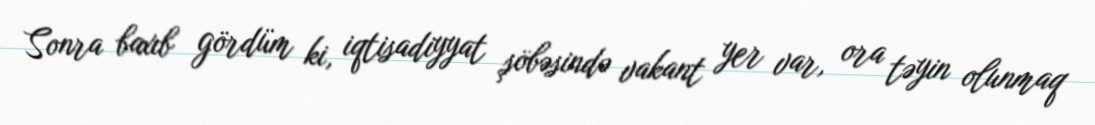
Sonra baxıb gördüm ki, iqtisadiyyat şöbəsində vakant yer var, ora təyin olunmaq